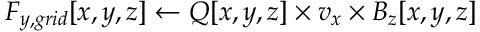
F _ { y , g r i d } [ x , y , z ] \gets Q [ x , y , z ] \times v _ { x } \times B _ { z } [ x , y , z ]